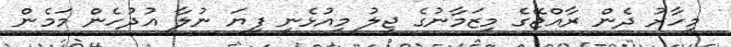
މިހާރު ދެން ރާއްޖޭގެ މިޒަމާނުގެ ޖީލު މިއުޅެނީ ފިޔަ ނުލާ އުދުހެން މަމެން